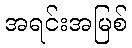
အရင်းအမြစ်